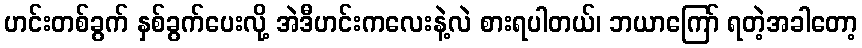
ဟင်းတစ်ခွက် နှစ်ခွက်ပေးလို့ အဲဒီဟင်းကလေးနဲ့လဲ စားရပါတယ်၊ ဘယာကြော် ရတဲ့အခါတော့